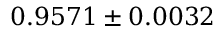
0 . 9 5 7 1 \pm 0 . 0 0 3 2